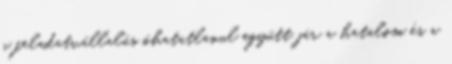
a feladatvállalás óhatatlanul együtt jár a hatalom és a